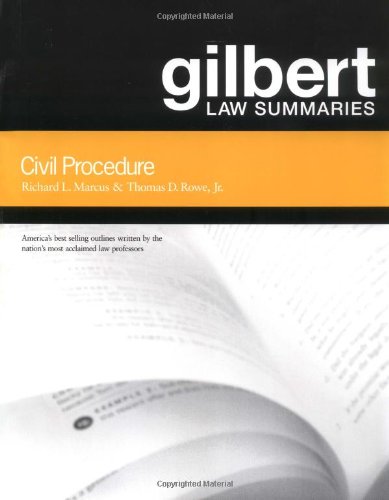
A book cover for Gilbert Law Summaries: Civil Procedure; Richard L. Marcus; Law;